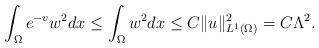
LaTeX: \begin{align*}\int_\Omega e^{-v}w^2dx\leq \int_\Omega w^2dx\leq C\|u\|^2_{L^1(\Omega)}=C\Lambda^2.\end{align*}